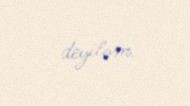
deyiləm.